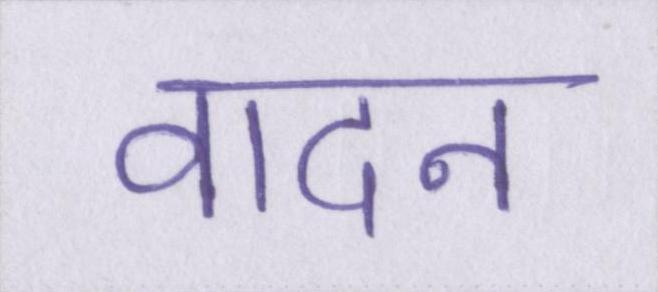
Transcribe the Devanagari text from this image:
वादन